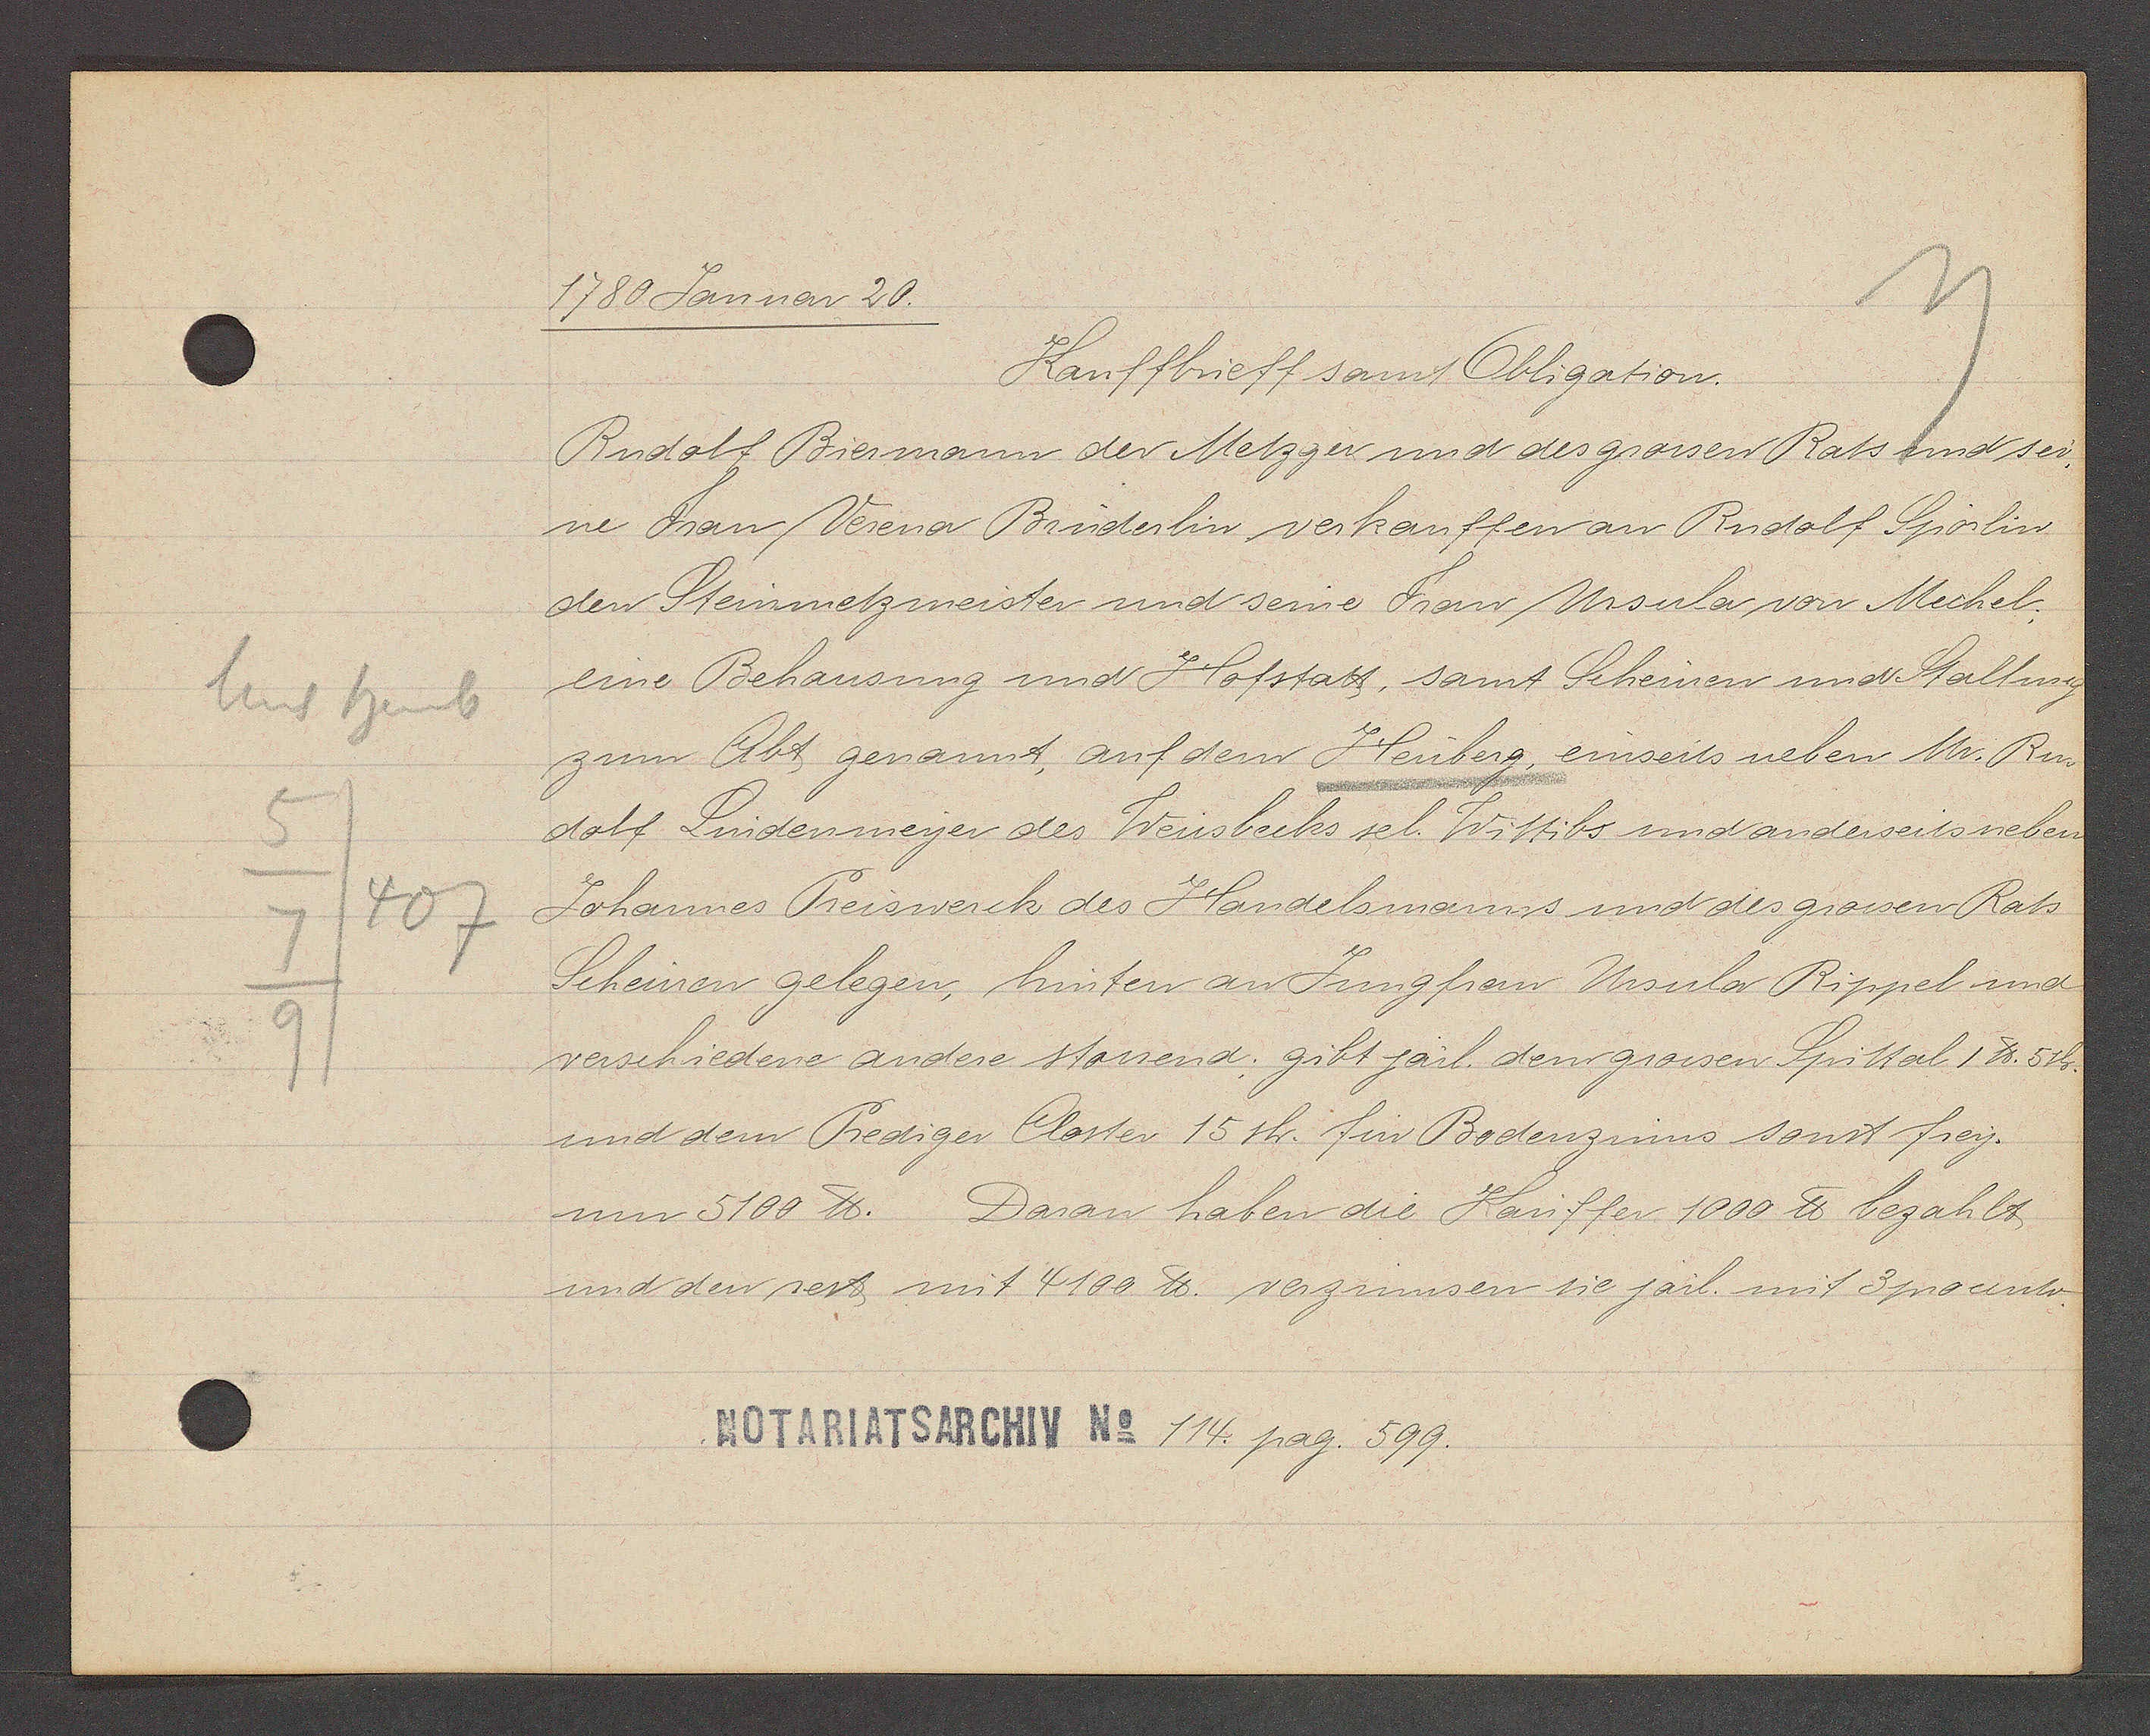
Transcript:
Unt heub
5
407
7
9

1780 Januar 20.

Kauffbrieff samt Obligation.
Rudolf Biermann der Metzger und des grossen Rats zund sei¬
ne Frau Verena Brüderlin verkauffen an Rudolf Sporlin
den Steinmetzmeister und seine Frau Ursula von Mechel
eine Behausung und Hofstatt, samt Scheinen und Stallung
zum Abt genannt, auf dem Heuberg, einseits neben Mr. Ru¬
dolf Lindenmeyer des Weissbecks sel. Wittibs und anderseits neben
Johannes Preiswerck des Handelsmanns und des grossen Rats
Scheinen gelegen, hinten an Jungfrau Ursula Rippel und
verschiedene andere stossend; gibt järl. dem grossen Spittal 1 ℔. 5 sh.
und dem Prediger Closter 15 sh. für Bodenzinns sonst frey.
um 5100 ℔. Darau haben die Käuffer 1000 ℔ bezahlt
und den rest mit 4100 ℔. verzinnsen sie järl. mit 3 procento.

Notariatsarchiv No 114. pag. 599.